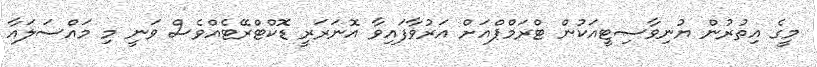
މީގެ އިތުރުން ޔުނިވާސިޓީއަކުން ޓްރަމްޕްއަށް އަރުވާފައިވާ އޮނަރަރީ ޑޮކްޓްރޭޓެއްވެސް ވަނީ މި މައްސަލައާ